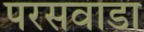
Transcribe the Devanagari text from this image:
परसवाडा